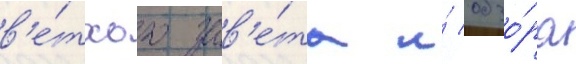
в'е́тхого зав'е́та и́ обзо́ра